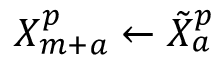
X _ { m + a } ^ { p } \gets \tilde { X } _ { a } ^ { p }